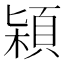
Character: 㯋